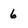
Character: 6